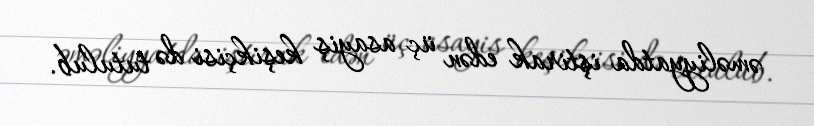
əməliyyatda iştirak edən üç asayiş keşikçisi də tutulub.